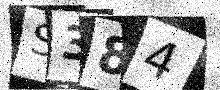
Text: S384